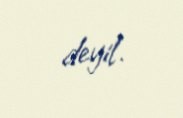
deyil.